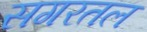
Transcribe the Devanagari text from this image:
सगरतल